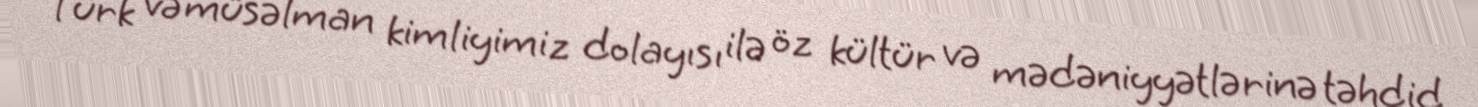
Türk və müsəlman kimliyimiz dolayısı ilə öz kültür və mədəniyyətlərinə təhdid